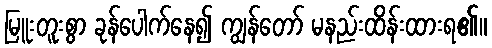
မြူးတူးစွာ ခုန်ပေါက်နေ၍ ကျွန်တော် မနည်းထိန်းထားရ၏။